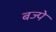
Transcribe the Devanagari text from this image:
बज्पे